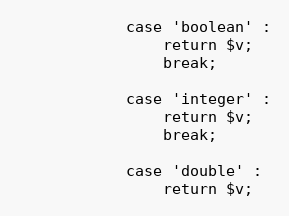
Language: PHP
            case 'boolean' :
                return $v;
                break;

            case 'integer' :
                return $v;
                break;

            case 'double' :
                return $v;